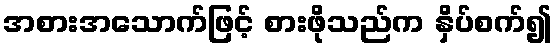
အစားအသောက်ဖြင့် စားဖိုသည်က နှိပ်စက်၍